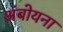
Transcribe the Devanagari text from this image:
अंबोयना